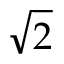
\sqrt { 2 }